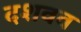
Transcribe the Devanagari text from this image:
दशवव